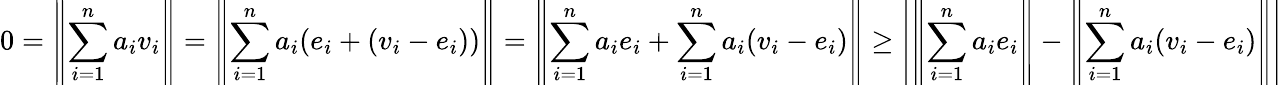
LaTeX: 0=\left\| \sum_{i=1}^{n}a_{i}v_{i}\right\| =\left\| \sum_{i=1}^{n}a_{i}(e_{i}+(v_{i}-e_{i}))\right\| =\left\| \sum_{i=1}^{n}a_{i}e_{i}+\sum_{i=1}^{n}a_{i}(v_{i}-e_{i})\right\| \geq\left|\left\| \sum_{i=1}^{n}a_{i}e_{i}\right\| -\left\| \sum_{i=1}^{n}a_{i}(v_{i}-e_{i})\right\| \right|